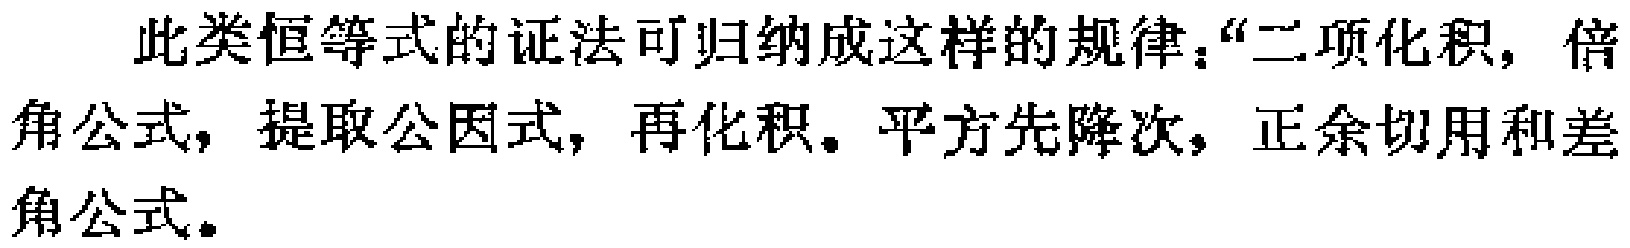
此类恒等式的证法可归纳成这样的规律：“二项化积，倍角公式，提取公因式，再化积。平方先降次，正余切用和差角公式。”